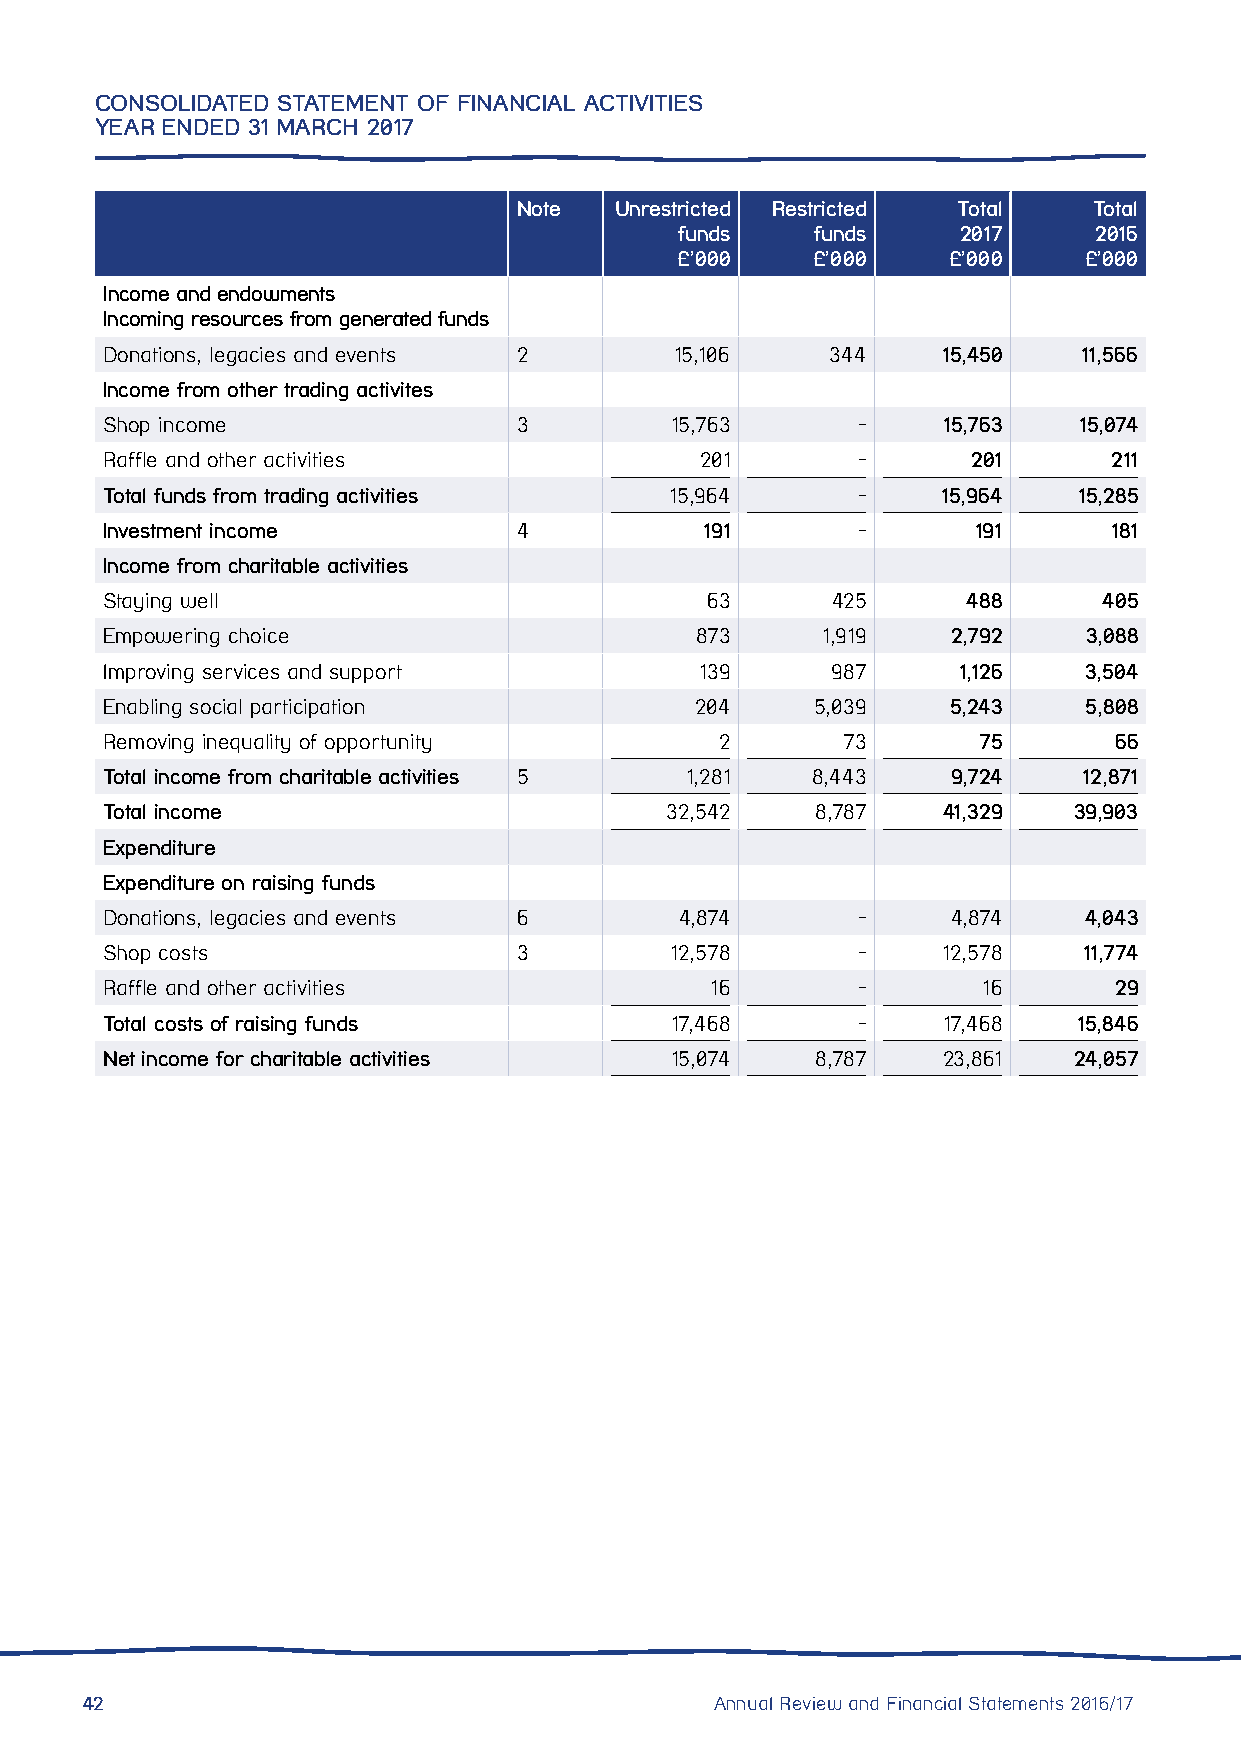
CONSOLIDATED STATEMENT OF FINANCIAL ACTIVITIES
 YEAR ENDED 31 MARCH 2017
 Note   Unrestricted Restricted Total  Total
 funds    funds    2017     2016
 £’000    £’000    £’000    £’000
 Income and endowments
 Incoming resources from generated funds
 Donations, legacies and events 2      15,106    344    15,450    11,566
 Income from other trading activites
 Shop income                3         15,763       -    15,763   15,074
 Raffle and other activities            201        -      201       211
 Total funds from trading activities  15,964       -    15,964   15,285
 Investment income          4            191       -       191      181
 Income from charitable activities
 Staying well                            63      425      488      405
 Empowering choice                      873     1,919    2,792    3,088
 Improving services and support         139      987     1,126    3,504
 Enabling social participation          204     5,039    5,243    5,808
 Removing inequality of opportunity       2       73       75       66
 Total income from charitable activities 5 1,281 8,443   9,724    12,871
 Total income                         32,542    8,787   41,329   39,903
 Expenditure
 Expenditure on raising funds
 Donations, legacies and events 6      4,874       -     4,874    4,043
 Shop costs                 3         12,578       -    12,578    11,774
 Raffle and other activities             16        -       16       29
 Total costs of raising funds         17,468       -    17,468   15,846
 Net income for charitable activities 15,074    8,787   23,861   24,057
 42                                        Annual Review and Financial Statements 2016/17